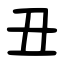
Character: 丑